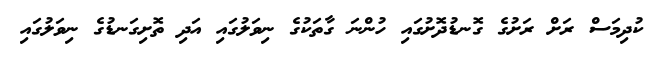
ކުދިމަސް ރަށް ރަށުގެ ގޮނޑުދޮށުގައި ހުންނަ ގާތަކުގެ ނިވަލުގައި އަދި ތޮށިގަނޑުގެ ނިވަލުގައި